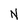
Character: N